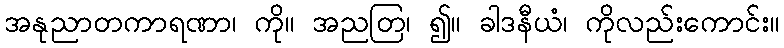
အနုညာတကာရဏာ၊ ကို။ အညတြ၊ ၍။ ခါဒနီယံ၊ ကိုလည်းကောင်း။